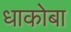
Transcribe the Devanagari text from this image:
धाकोबा